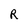
Character: R